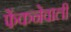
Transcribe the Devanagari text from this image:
फेंकनेवाली